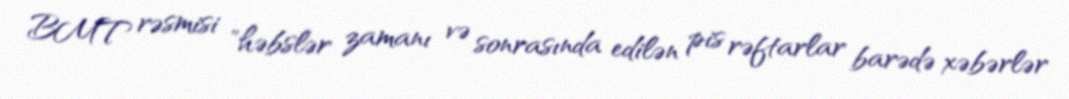
BMT rəsmisi "həbslər zamanı və sonrasında edilən pis rəftarlar barədə xəbərlər